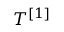
T ^ { [ 1 ] }